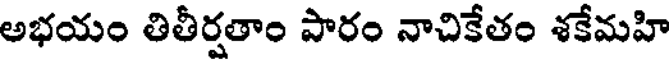
అభయం తితీర్షతాం పారం నాచికేతం శకేమహి